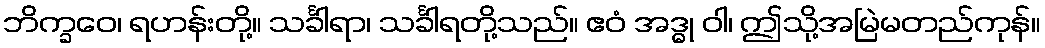
ဘိက္ခဝေ၊ ရဟန်းတို့။ သင်္ခါရာ၊ သင်္ခါရတို့သည်။ ဧဝံ အဒ္ဓု ဝါ၊ ဤသို့အမြဲမတည်ကုန်။